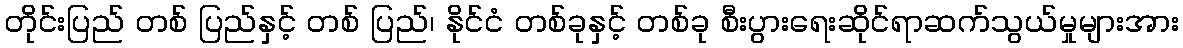
တိုင်းပြည် တစ် ပြည်နှင့် တစ် ပြည်၊ နိုင်ငံ တစ်ခုနှင့် တစ်ခု စီးပွားရေးဆိုင်ရာဆက်သွယ်မှုများအား